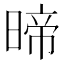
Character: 𭦽